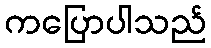
ကပြောပါသည်